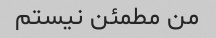
من مطمئن نیستم